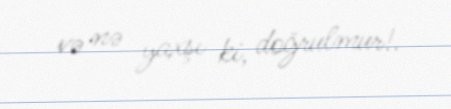
və nə yaxşı ki, doğrulmur!.